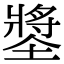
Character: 𡑶